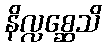
နိလ္လစ္ဆေသိ